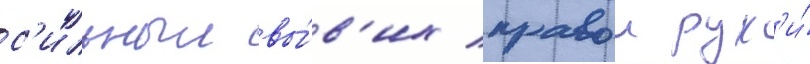
с'ильныи вы́в'их правои рук'и́